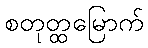
စတုတ္ထမြောက်